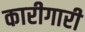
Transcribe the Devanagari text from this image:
कारीगारी